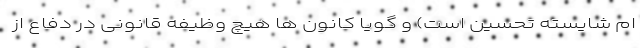
ام شایسته تحسین است) و گویا کانون ها هیچ وظیفه قانونی در دفاع از